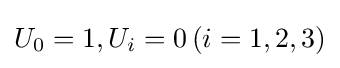
U_{0}=1,U_{i}=0\,(i=1,2,3)